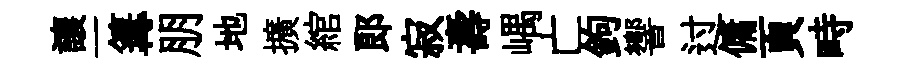
讓一篝朋地擴綰郎寂壽嵎亡鉤響过傭頁畤